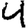
Digit: 4